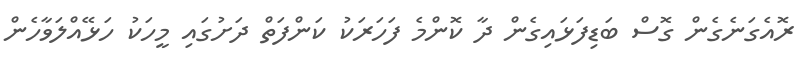
ރޮއެގަނެގެން ގޮސް ބަޑިފަޅައިގެން ދާ ކޮންމެ ފަހަރަކު ކަންފަތް ދަށުގައި މީހަކު ހަޅޭއްލަވާހެން